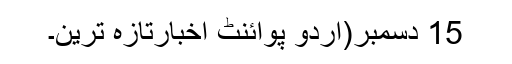
15 دسمبر(اُردو پوائنٹ اخبارتازہ ترین۔